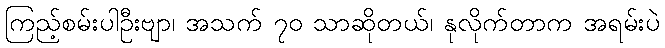
ကြည့်စမ်းပါဦးဗျာ၊ အသက် ၇၀ သာဆိုတယ်၊ နုလိုက်တာက အရမ်းပဲ